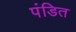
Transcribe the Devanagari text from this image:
पंडित